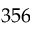
3 5 6